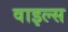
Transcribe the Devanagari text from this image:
वाइल्स